Civil Veterinary Department. Madras. Admin. report 1926-33 - 1926-1933
Year: 1926
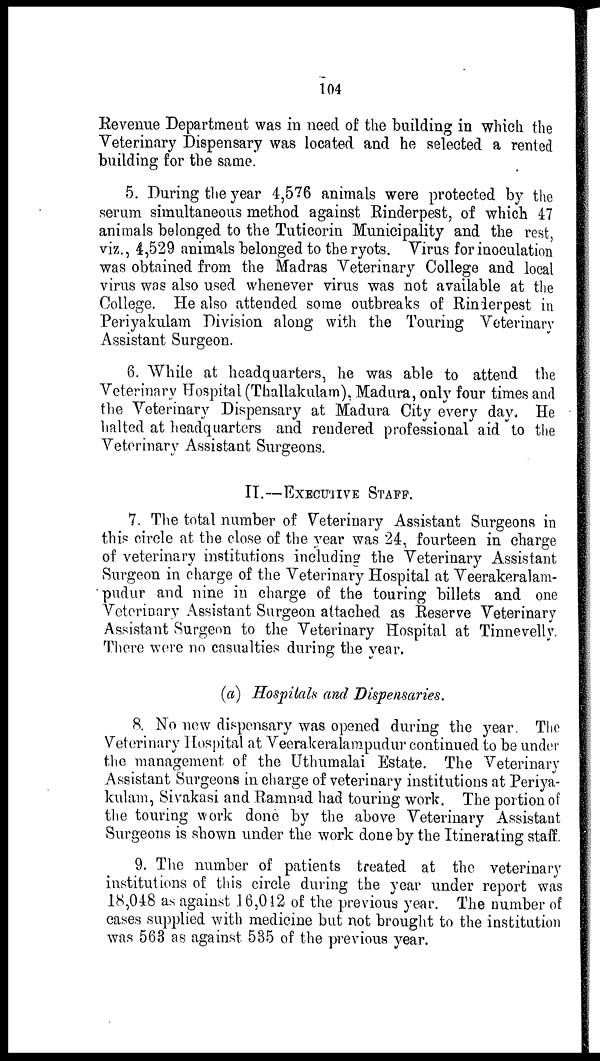
104
Revenue Department was in need of the building in which the
Veterinary Dispensary was located and he selected a rented
building for the same.
5. During the year 4,576 animals were protected by the
serum simultaneous method against Rinderpest, of which 47
animals belonged to the Tuticorin Municipality and the rest,
viz., 4,529 animals belonged to the ryots. Virus for inoculation
was obtained from the Madras Veterinary College and local
virus was also used whenever virus was not available at the
College. He also attended some outbreaks of Rinderpest in
Periyakulam Division along with the Touring Veterinary
Assistant Surgeon.
6. While at headquarters, he was able to attend the
Veterinary Hospital (Thallakulam), Madura, only four times and
the Veterinary Dispensary at Madura City every day. He
halted at headquarters and rendered professional aid to the
Veterinary Assistant Surgeons.
II.—EXECUTIVE STAFF.
7. The total number of Veterinary Assistant Surgeons in
this circle at the close of the year was 24, fourteen in charge
of veterinary institutions including the Veterinary Assistant
Surgeon in charge of the Veterinary Hospital at Veerakeralam-
pudur and nine in charge of the touring billets and one
Veterinary Assistant Surgeon attached as Reserve Veterinary
Assistant Surgeon to the Veterinary Hospital at Tinnevelly.
There were no casualties during the year.
(a) Hospitals and Dispensaries.
8. No new dispensary was opened during the year. The
Veterinary Hospital at Veerakeralampudur continued to be under
the management of the Uthumalai Estate. The Veterinary
Assistant Surgeons in charge of veterinary institutions at Periya-
kulam, Sivakasi and Ramnad had touring work. The portion of
the touring work done by the above Veterinary Assistant
Surgeons is shown under the work done by the Itinerating staff.
9. The number of patients treated at the veterinary
institutions of this circle during the year under report was
18,048 as against .16,042 of the previous year. The number of
cases supplied with medicine but not brought to the institution
was 563 as against 535 of the previous year.